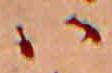
ハ